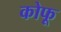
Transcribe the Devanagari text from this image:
कोफू